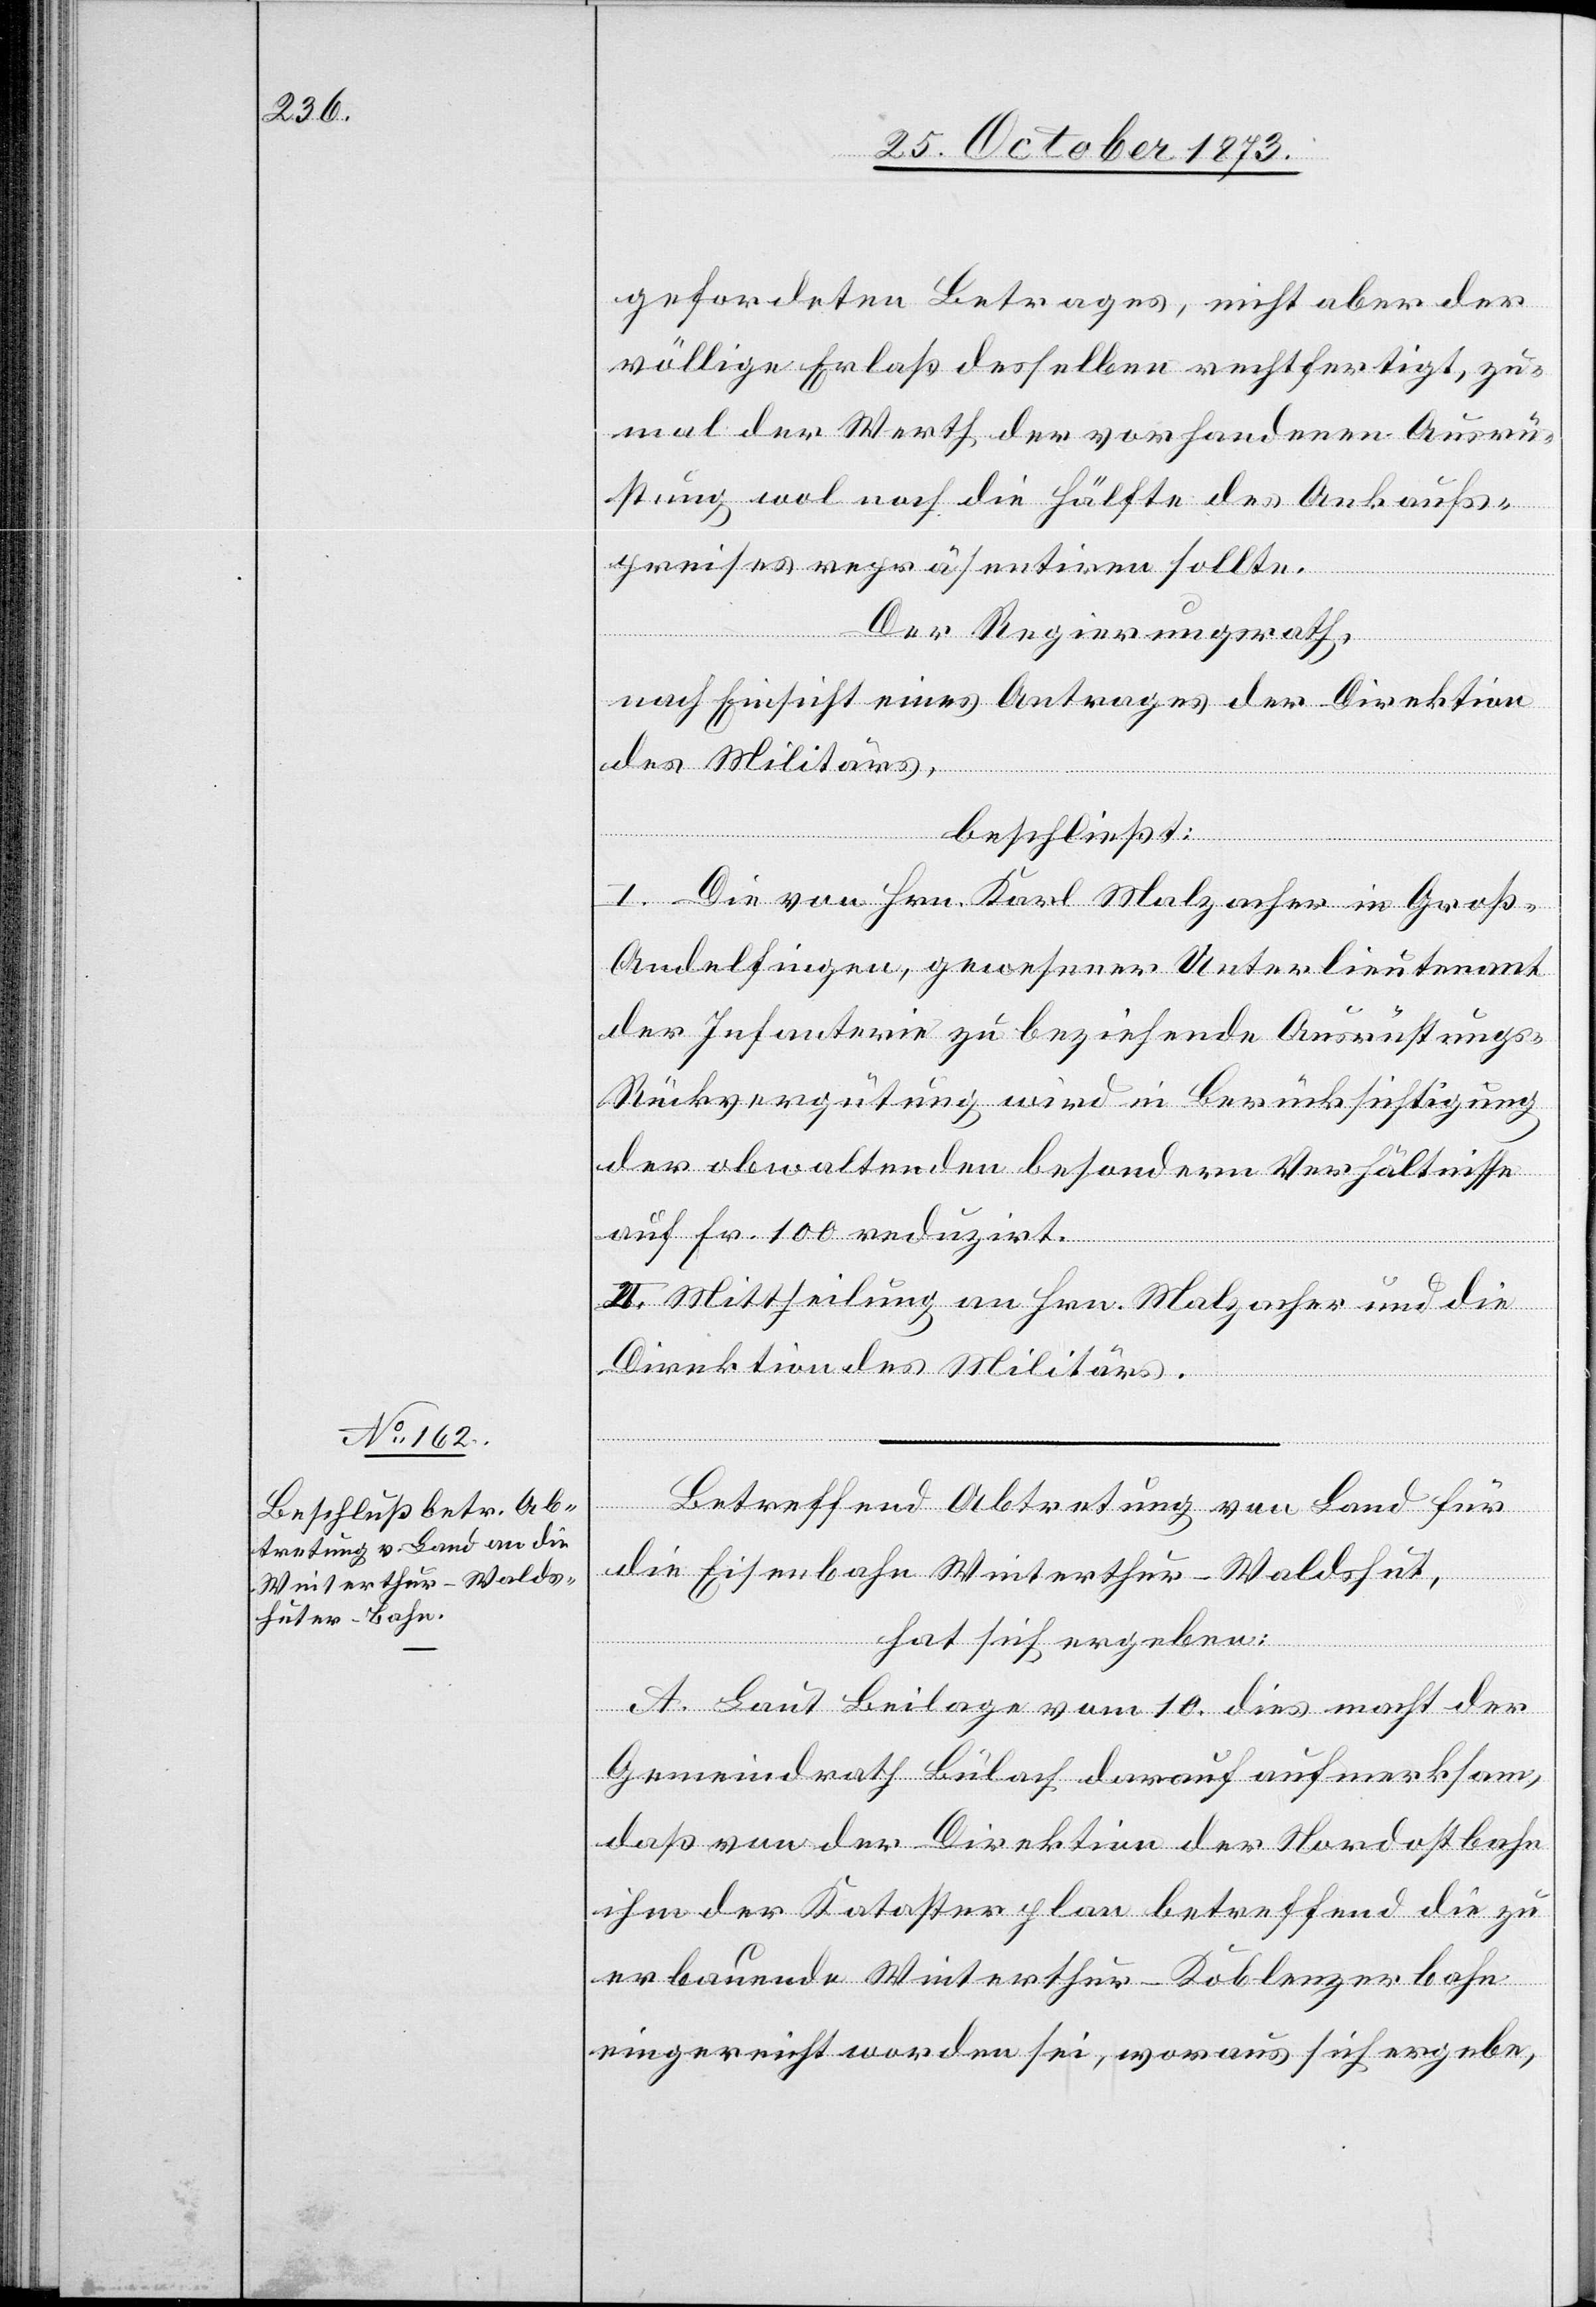
geforde[r]ten Betrages, nicht aber der
völlige Erlaß desselben rechtfertigt, zu¬
mal der Werth der vorhandenen Ausrü¬
stung wol noch die Hälfte des Ankaufs¬
preises repräsentiren sollte.
Der Regierungsrath,
nach Einsicht eines Antrages der Direktion
des Militärs,
beschließt:
I. Die von Hrn. Karl Malzacher in Groß-A¬
ndelfingen, gewesener Unterlieutenant
der Infanterie zu beziehende Ausrüstung¬
s-Rückvergütung wird in Berücksichtigung
der obwaltenden besondern Verhältnisse
auf Fr. 100 reduzirt.
II. Mittheilung an Hrn. Malzacher und die
Direktion des Militärs.
Betreffend Abtretung von Land für
die Eisenbahn Winterthur–Waldshut,
hat sich ergeben:
A. Laut Beilage vom 10. dies macht der
Gemeindrath Bülach darauf aufmerksam,
daß von der Direktion der Nordostbahn
ihm der Katasterplan betreffend die zu
erbauende Winterthur–Koblenzerbahn
eingereicht worden sei, woraus sich ergebe,